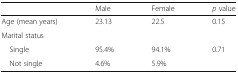
|  | Male | Female | p value |
 | --- | --- | --- | --- |
 | Age (mean years) | 23.13 | 22.5 | 0.15 |
 | <COLSPAN=4> Marital status |
 | Single | 95.4% | 94.1% | <ROWSPAN=2> 0.71 |
 | Not single | 4.6% | 5.9% |